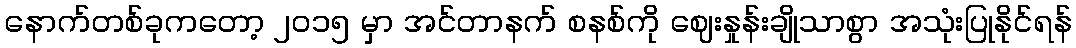
နောက်တစ်ခုကတော့ ၂၀၁၅ မှာ အင်တာနက် စနစ်ကို ဈေးနှုန်းချိုသာစွာ အသုံးပြုနိုင်ရန်